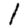
Digit: 1